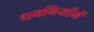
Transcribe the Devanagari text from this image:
धमनियोंमें